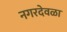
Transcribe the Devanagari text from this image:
नगरदेवळा